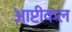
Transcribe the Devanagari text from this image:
आप्टीकल